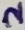
Text: 2